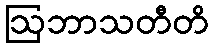
ဩဘာသတီတိ